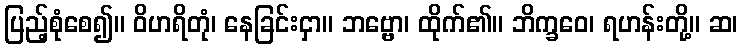
ပြည့်စုံစေ၍။ ဝိဟရိတုံ၊ နေခြင်းငှာ။ ဘဗ္ဗော၊ ထိုက်၏။ ဘိက္ခဝေ၊ ရဟန်းတို့။ ဆ၊